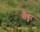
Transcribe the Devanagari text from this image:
चैड्डर